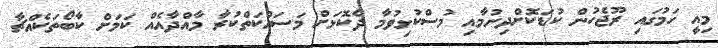
މިއީ ހަމުގައި ރޫޖެހުން ކުޑަކޮށްދިނުމާއި މުސްކުޅިވުމާ ދެކޮޅަށް މަސައްކަތްކުރާ މާއްދާއެއް ކަމަށް ކާބޯތަކެއްޗާ